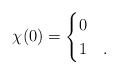
\begin{align*}\chi(0)=\begin{cases}0 & \\1 & .\end{cases}\end{align*}